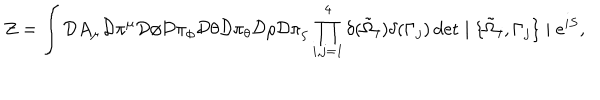
LaTeX: Z = \int { \cal D } A _ { \mu } { \cal D } \pi ^ { \mu } { \cal D } \phi { \cal D } \pi _ { \phi } { \cal D } \theta { \cal D } \pi _ { \theta } { \cal D } \rho { \cal D } \pi _ { \rho } \prod _ { i , j = 1 } ^ { 4 } \delta ( \tilde { \Omega } _ { i } ) \delta ( \Gamma _ { j } ) \det \mid \{ \tilde { \Omega } _ { i } , \Gamma _ { j } \} \mid e ^ { i S } ,